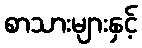
စာသားများနှင့်